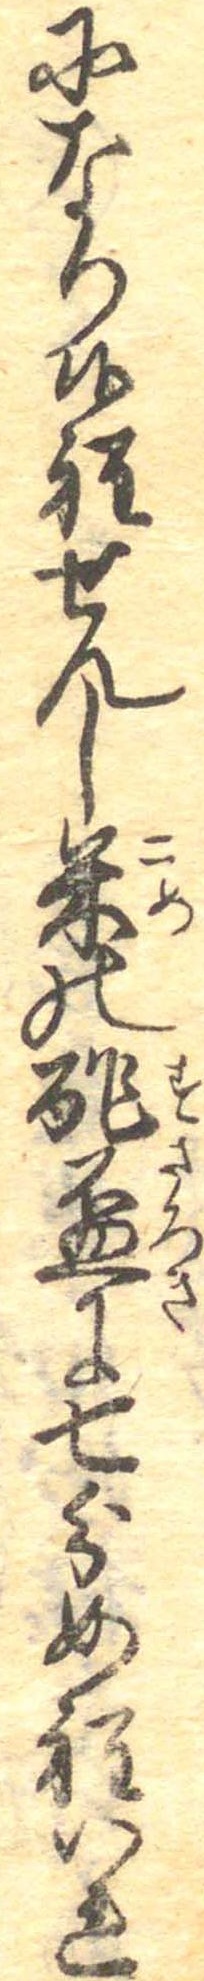
になり候程せんし米の酢杯に七分め程いれ